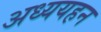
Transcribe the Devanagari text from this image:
अध्ययहन